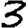
Digit: 3